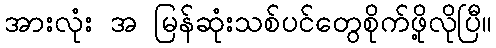
အားလုံး အ မြန်ဆုံးသစ်ပင်တွေစိုက်ဖို့လိုပြီ။